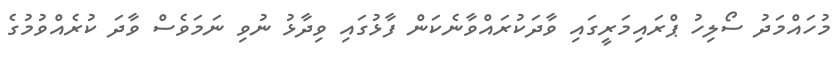
މުހައްމަދު ސޯލިހު ޕްރައިމަރީގައި ވާދަކުރައްވާނެކަން ފާޅުގައި ވިދާޅު ނުވި ނަމަވެސް ވާދަ ކުރެއްވުމުގެ